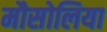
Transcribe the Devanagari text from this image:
मौसोलिया